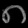
Digit: ၈